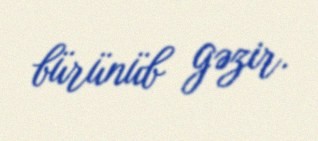
bürünüb gəzir.